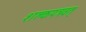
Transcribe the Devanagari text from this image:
शल्कपत्रवत्‌